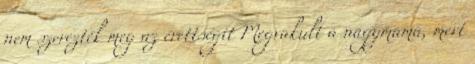
nem szerezték meg az érettségit Megvakult a nagymama, mert